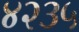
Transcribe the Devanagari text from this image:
४२३५